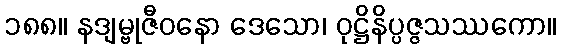
၁၈၈။ နဒျမ္ဗုဇီဝနော ဒေသော၊ ဝုဋ္ဌိနိပ္ပဇ္ဇသဿကော။